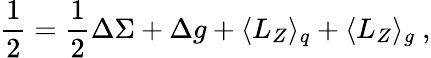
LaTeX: \frac{1}{2}=\frac{1}{2}\Delta\Sigma+\Delta g+\langle L_{Z}\rangle_{q}+\langle L_{Z}\rangle_{g}~,